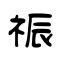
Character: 祳